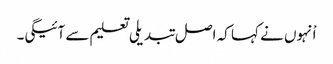
اْنہوں نے کہا کہ اصل تبدیلی تعلیم سے آئیگی۔